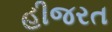
હીજરત